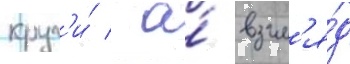
круг'и́ / а́ взгл'я́д